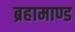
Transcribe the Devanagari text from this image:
ब्रहामाण्ड